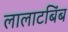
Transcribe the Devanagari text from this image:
लालाटबिंब